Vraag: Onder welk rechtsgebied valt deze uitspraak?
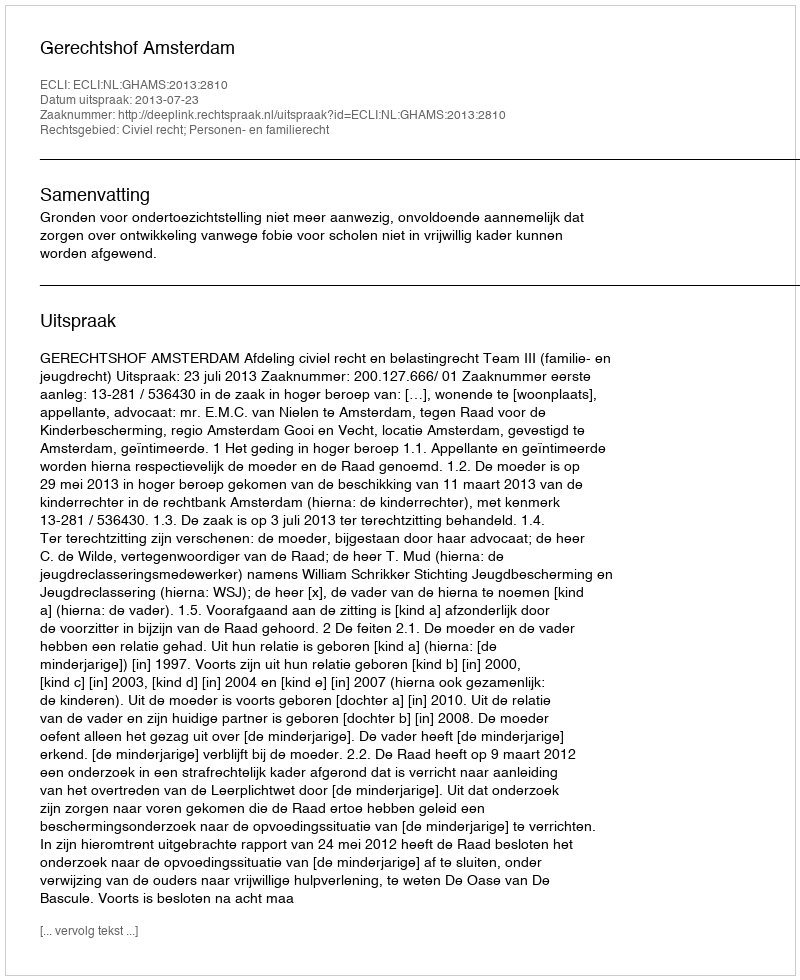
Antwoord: Civiel recht; Personen- en familierecht